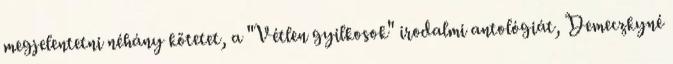
megjelentetni néhány kötetet, a "Vétlen gyilkosok" irodalmi antológiát, Demeczkyné